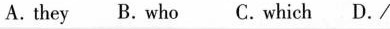
A.they B. who C.which D. /